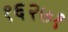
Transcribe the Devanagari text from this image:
१६२७१